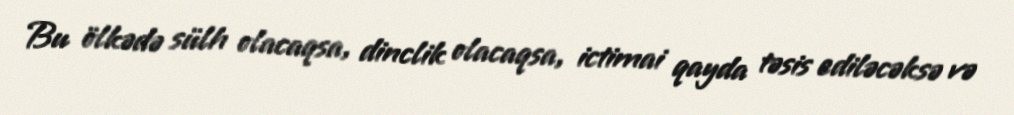
Bu ölkədə sülh olacaqsa, dinclik olacaqsa, ictimai qayda təsis ediləcəksə və